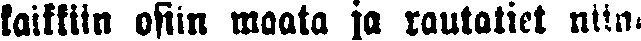
kaikkiin osiin maata ja rautatiet niin-